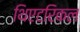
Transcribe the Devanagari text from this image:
थिएटरिकल